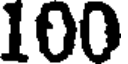
100